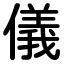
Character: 儀